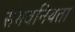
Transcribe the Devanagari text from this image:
संभवनियता